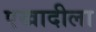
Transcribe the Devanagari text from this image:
एखादीला